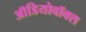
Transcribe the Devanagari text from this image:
ऑडियोवॉक्स